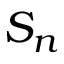
S _ { n }